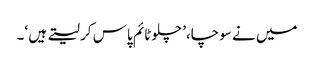
میں نے سوچا،’ چلوٹائم پاس کر لیتے ہیں ‘۔